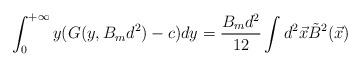
LaTeX: \begin{align*}\int_{0}^{+\infty}y(G(y,B_{m}d^{2})-c)dy=\frac{B_{m}d^{2}}{12}\int d^{2}\vec{x}\tilde{B}^{2}(\vec{x})\end{align*}